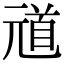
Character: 𫤞